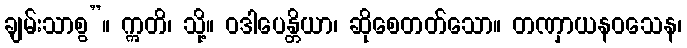
ချမ်းသာစွ”။ ဣတိ၊ သို့။ ဝဒါပေန္တိယာ၊ ဆိုစေတတ်သော။ တဏှာယနဝသေန၊